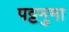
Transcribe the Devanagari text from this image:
पट्टनुमा